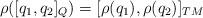
LaTeX: \begin{align*}\rho([q_1,q_2]_Q)=[\rho(q_1),\rho(q_2)]_{TM}\end{align*}